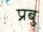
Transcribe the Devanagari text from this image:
प्रबु